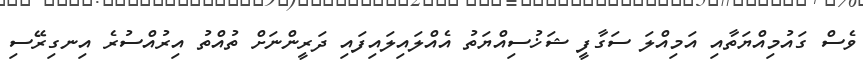
ވެސް ގައުމިއްޔަތާއި އަމިއްލަ ސަގާފީ ޝަޚުސިއްޔަތު އެއްލައިލައިފައި ދަރީންނަށް ތުއްތު އިރުއްސުރެ އިނގިރޭސި